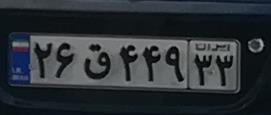
۲۶ق۴۴۹۳۳